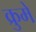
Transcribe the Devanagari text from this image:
क्रुमे